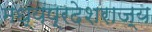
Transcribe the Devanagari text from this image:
मध्यप्रदेशराज्य